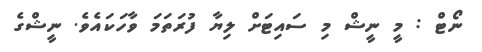
ނޯޓް : މީ ނީޝް މި ސައިޓަށް ލިޔާ ފުރަތަމަ ވާހަކައެވެ. ނީޝްގެ